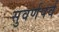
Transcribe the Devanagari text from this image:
सुवर्णपर्व